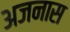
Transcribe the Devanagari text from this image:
अजनास